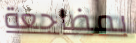
بمضاجعة